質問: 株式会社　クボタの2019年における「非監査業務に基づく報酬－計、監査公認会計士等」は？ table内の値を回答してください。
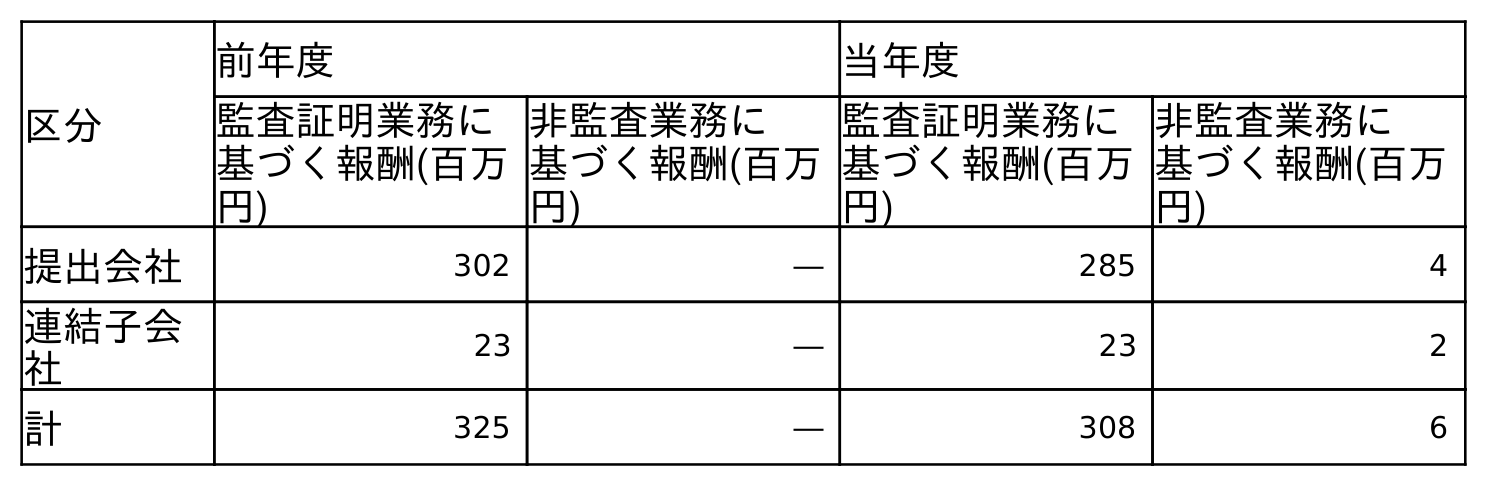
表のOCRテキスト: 区分 前年度 当年度 監査証明業務に 基づく報酬(百万 円) 非監査業務に 基づく報酬(百万 円) 監査証明業務に 基づく報酬(百万 円) 非監査業務に 基づく報酬(百万 円) 提出会社 302 ― 285 4 連結子会 社 23 ― 23 2 計 325 ― 308 6
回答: ―